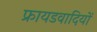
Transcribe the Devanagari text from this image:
फ्रायडवादियों